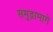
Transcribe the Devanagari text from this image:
समुद्रामागे